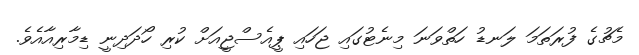
މެޗުގެ ފުރަތަމަ ލަނޑު ހަތްވަނަ މިނެޓުގައި ޖަހައި ޕީއެސްޖީއަށް ކުރި ހޯދަދިނީ ޑިމާރިއާއެވެ.